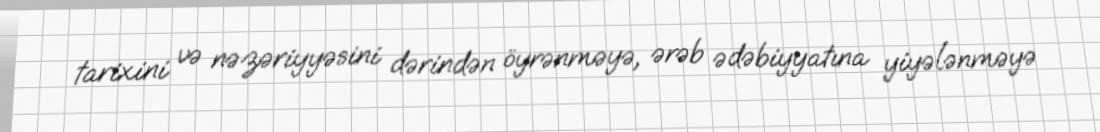
tarixini və nəzəriyyəsini dərindən öyrənməyə, ərəb ədəbiyyatına yiyələnməyə